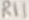
Text: R11